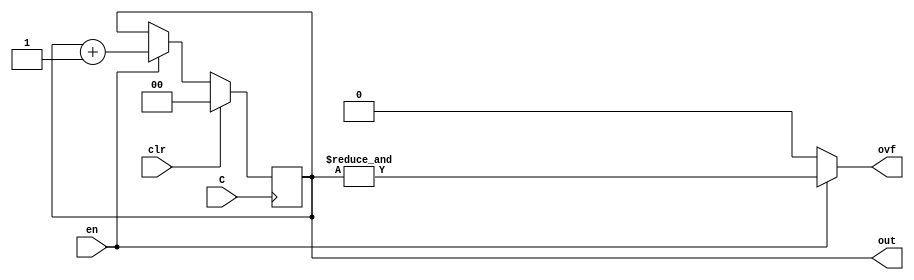
/*
 * Generated by Digital. Don't modify this file!
 * Any changes will be lost if this file is regenerated.
 */

module DIG_Counter_Nbit
#(
    parameter Bits = 2
)
(
    output [(Bits-1):0] out,
    output ovf,
    input C,
    input en,
    input clr
);
    reg [(Bits-1):0] count;

    always @ (posedge C) begin
        if (clr)
          count <= 'h0;
        else if (en)
          count <= count + 1'b1;
    end

    assign out = count;
    assign ovf = en? &count : 1'b0;

    initial begin
        count = 'h0;
    end
endmodule

module DIG_BlockRAMDualPort
#(
    parameter Bits = 8,
    parameter AddrBits = 4
)
(
  input [(AddrBits-1):0] A,
  input [(Bits-1):0] Din,
  input str,
  input C,
  output [(Bits-1):0] D
);
  reg [(Bits-1):0] memory[0:((1 << AddrBits) - 1)];
  reg [(Bits-1):0] wData;

  assign D = wData;

  always @ (posedge C) begin
    wData <= memory[A];
    if (str)
      memory[A] <= Din;
  end
endmodule


module bram_test (
  input clk,
  input write,
  input toggleAddr,
  output [1:0] dOut,
  output [1:0] dIn,
  output memClk,
  output [1:0] addr
);
  wire [4:0] s0;
  wire [1:0] dIn_temp;
  wire memClk_temp;
  wire [1:0] s1;
  wire [1:0] addr_temp;
  DIG_Counter_Nbit #(
    .Bits(5)
  )
  DIG_Counter_Nbit_i0 (
    .en( 1'b1 ),
    .C( clk ),
    .clr( 1'b0 ),
    .out( s0 )
  );
  assign s1[0] = toggleAddr;
  assign s1[1] = toggleAddr;
  assign memClk_temp = ~ s0[2];
  assign dIn_temp = s0[4:3];
  assign addr_temp = (dIn_temp ^ (s0[1:0] & s1));
  DIG_BlockRAMDualPort #(
    .Bits(2),
    .AddrBits(2)
  )
  DIG_BlockRAMDualPort_i1 (
    .A( addr_temp ),
    .Din( dIn_temp ),
    .str( write ),
    .C( memClk_temp ),
    .D( dOut )
  );
  assign dIn = dIn_temp;
  assign memClk = memClk_temp;
  assign addr = addr_temp;
endmodule